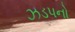
ઝડપનો